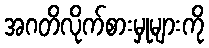
အဂတိလိုက်စားမှုများကို